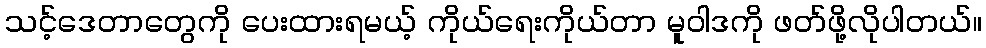
သင့်ဒေတာတွေကို ပေးထားရမယ့် ကိုယ်ရေးကိုယ်တာ မူဝါဒကို ဖတ်ဖို့လိုပါတယ်။